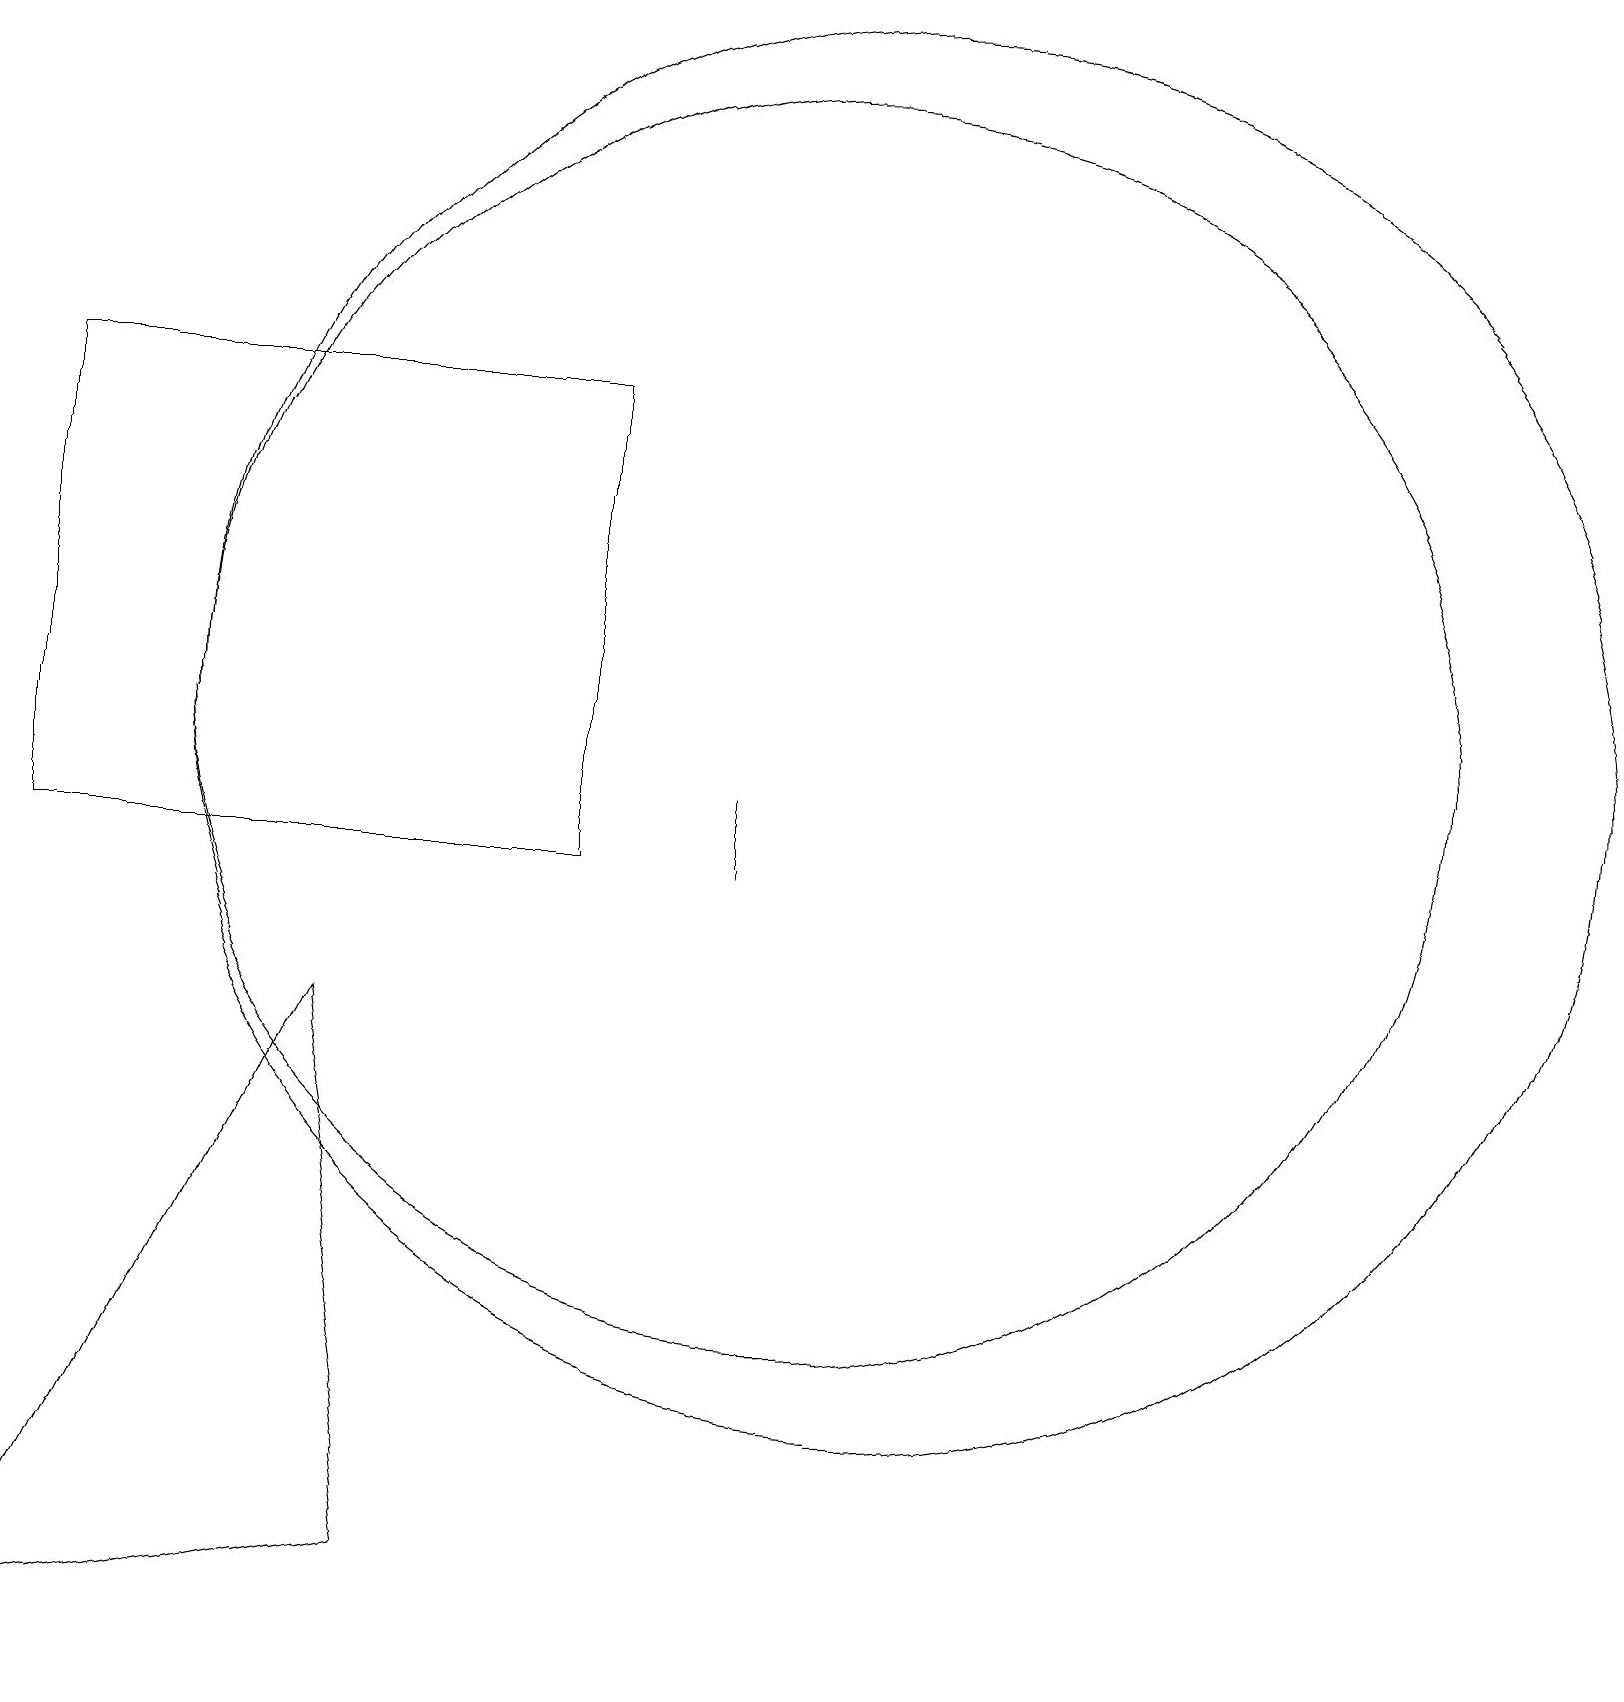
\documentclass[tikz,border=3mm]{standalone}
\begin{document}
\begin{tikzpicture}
\draw (4,8) -- (5,1) -- (0,0) -- cycle;
\draw (10,12) circle (8);
\draw (7,10) rectangle (0,16);
\draw (11,12) circle (9);
\draw (9,11) rectangle (9,10);
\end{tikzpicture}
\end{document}